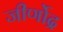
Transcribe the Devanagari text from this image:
जीर्णोद्र